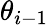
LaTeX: \theta_{i-1}